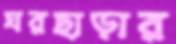
ঘরছাড়ার